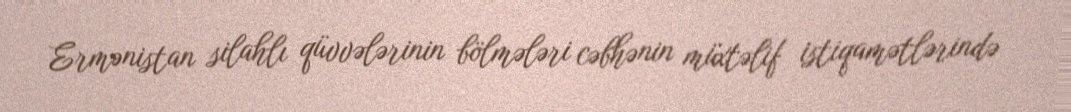
Ermənistan silahlı qüvvələrinin bölmələri cəbhənin müxtəlif istiqamətlərində